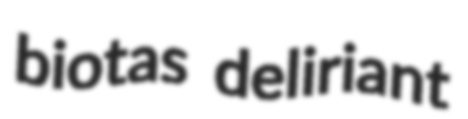
biotas deliriant